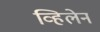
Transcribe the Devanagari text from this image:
व्हिलेन